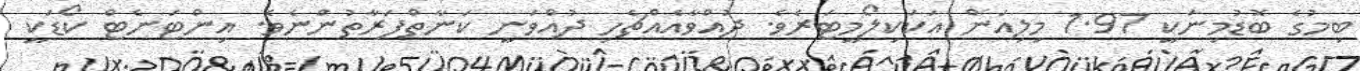
ބިމުގެ ބޮޑުމިނަކީ 1.97 މިލިއަން އަކަކިލޯމީޓަރެވެ. ދުއްވާއެއްޗެހި ދުއްވަނީ ކަނާތްފަރާތުންނެވެ. އިންޓަނެޓް ކޯޑަކީ